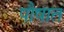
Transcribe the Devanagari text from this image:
पौषात